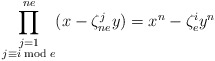
\begin{align*} \prod^{ne}_{\substack{j=1\\ j\equiv i \bmod e}}(x-\zeta^j_{ne}y)= x^n-\zeta^i_ey^n\end{align*}